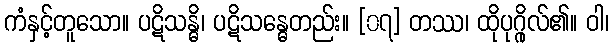
ကံနှင့်တူသော။ ပဋိသန္ဓိ၊ ပဋိသန္ဓေတည်း။ [၀၇] တဿ၊ ထိုပုဂ္ဂိုလ်၏။ ဝါ၊